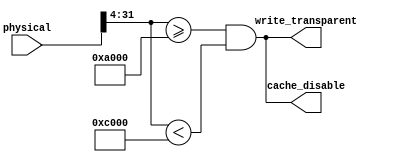
module tlb_memtype(
    input [31:0]            physical,
    
    output                  cache_disable,
    output                  write_transparent
);

//------------------------------------------------------------------------------

assign cache_disable = (physical[31:4] >= 28'h000A000 && physical[31:4] < 28'h000C000);

assign write_transparent = (physical[31:4] >= 28'h000A000 && physical[31:4] < 28'h000C000);

//------------------------------------------------------------------------------

// synthesis translate_off
wire _unused_ok = &{ 1'b0, physical[3:0], 1'b0 };
// synthesis translate_on

//------------------------------------------------------------------------------

endmodule